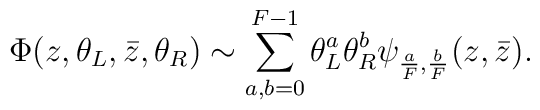
\Phi(z,\theta_L,\bar z, \theta_R) \sim \sum \limits_{a,b=0}^{F-1} \theta_L^a  \theta_R^b \psi_{{a \over F},{b \over F}}(z,{\bar z}).